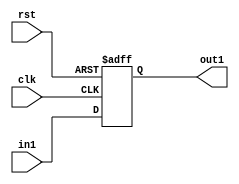
module register_9 (rst, clk, in1, out1);

 input clk, rst;

 input [8:0]  in1;

 output [8:0] out1;

 reg [8:0] out1;

 always @ (negedge rst or posedge clk) begin

    if(!rst)  out1 <= #1 9'b0000;

    else  out1 <= #1 in1;

 end

endmodule